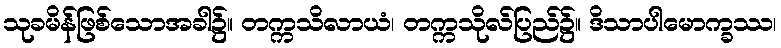
သုခမိန်ဖြစ်သောအခါ၌။ တက္ကသိလာယံ၊ တက္ကသိုလ်ပြည်၌။ ဒိသာပါမောက္ခဿ၊